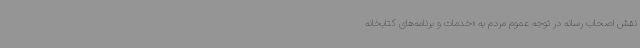
نقش اصحاب رسانه در توجه عموم مردم به «خدمات و برنامه‌های کتابخانه